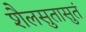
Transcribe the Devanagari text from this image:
शैलसुतासुतं